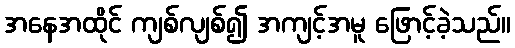
အနေအထိုင် ကျစ်လျစ်၍ အကျင့်အမူ ဖြောင့်ခဲ့သည်။